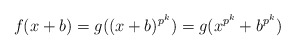
\begin{align*} f(x+b) &= g((x+b)^{p^k}) = g(x^{p^k} + b^{p^k})\end{align*}